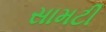
સામટી